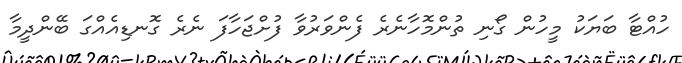
ހުއްޓާ ބަޔަކު މީހުން ގޯނި ތުންމޮހާނެރެ ފެންވަރުވާ ފުށްޖަހާފަ ނެރެ ގޮނޑިއެއްގަ ބޭންދީމާ